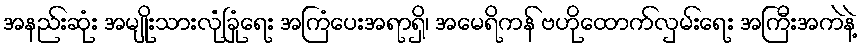
အနည်းဆုံး အမျိုးသားလုံခြုံရေး အကြံပေးအရာရှိ၊ အမေရိကန် ဗဟိုထောက်လှမ်းရေး အကြီးအကဲနဲ့